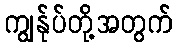
ကျွန်ုပ်တို့အတွက်